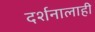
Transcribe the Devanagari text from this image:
दर्शनालाही